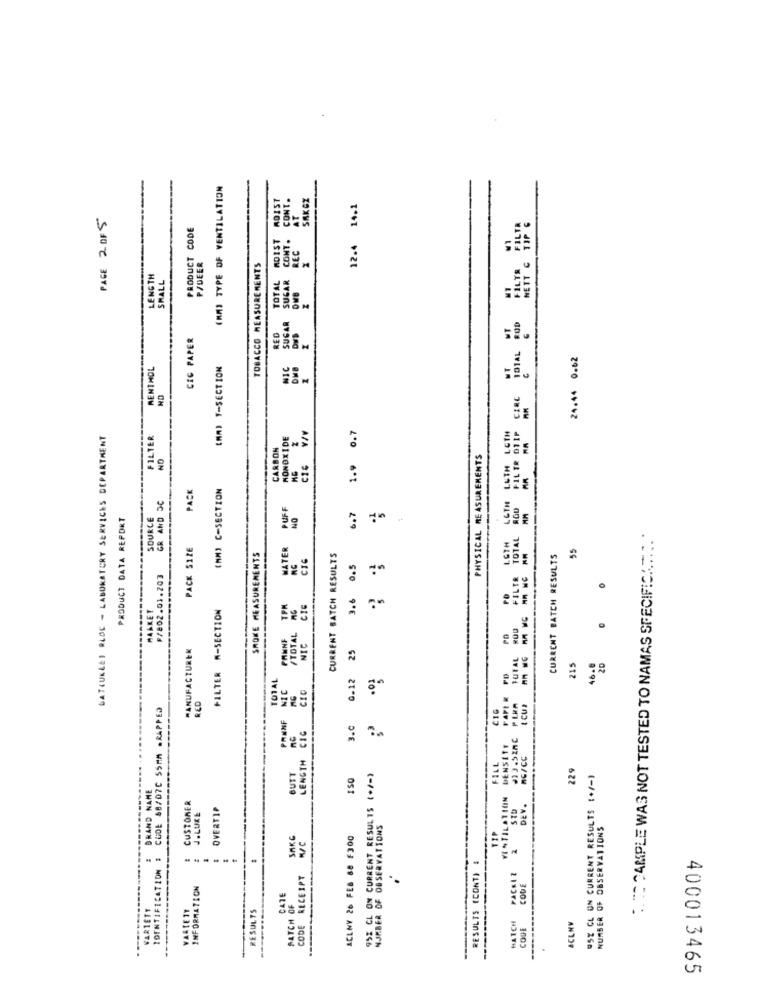
(MM] TYPE OF VENTILATION
AOIST
CONT.
SAKCZ
14.1
PAGE 2 OF 5
PRODUCT CODE
MOIST
12.4
REC
P/DEER
TOBACCO MEASUREMENTS
LENGTH
SMALL
TOTAL
SUGAR
DwB
CIC PAPER
RED
24.44 0.62
MENTHOL
(MAI Y-SECTION
HD
0.7
WATKUKLEI RLOC - LABORATORY SERVICES DEPARTMENT
FILTER
MONOXIDE
CARBON
ND
PHYSICAL MEASUREMENTS
1.9
PACK
(MM) C-SECTION
LGTH
GR AND DC
PUFF
TOTAL ROD
PRODUCT DATA REPORT
SOURCE
NO
6.7
LGTH
WESAMPLE WAS NOT TESTED TO NAMAS SPECIFIC ......
PACK SIZE
MATER
55
SMOKE MEASUREMENTS
CURRENT BATCH RESULTS
CURRENT BATCH RESULTS
3.6 0.5
⑈/802.01.203
FILTER W-SECTION
/TOTAL DE
MAAKET
PANNE
NIC
MANUFACTURER
25
TUTAL
FD
215
46.8
20
TOTAL
0-12
NIC
MG
CIO
FAPE K
CUDE 88/07C 55MM .RAPPED
RED
C16
CUI
PRINF
CIC
3.0
GTH CIC
#13.52AC
DENSITE
LENGTH
RG/CC
BUTT
FILL
229
150
SSE CL ON CURRENT RESULTS (+/-)
95% CL UN CURRENT RESULTS :+/-)
BRAND NAME
VENTILATION
CUSTOMER
OVERTIP
DEY.
J.LUKE
OBSERVATIONS
OBSERVATIONS
ACLMY 26 FEB 88 F300
RESULTS (CONT) #
IDENTIFICATION
-
PACKIZ
CODE RECEIPT
INFORMATION
CODE
CATE
NUMBER OF
WARTETT
VARLETT
RESULTS
BATCH OF
MATCH
ACLNV
.
400013465